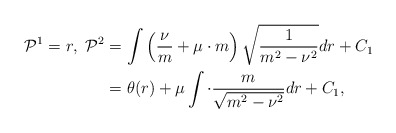
\begin{align*}\mathcal{P}^1=r,\ \mathcal{P}^2&=\int \left(\frac{\nu}{m}+\mu\cdot m\right)\sqrt{\frac{1}{m^2-\nu^2}} dr+C_1\\&=\theta(r)+\mu\int \cdot\frac{m}{\sqrt{m^2-\nu^2}} dr+C_1,\end{align*}